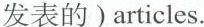
发表的)articles.